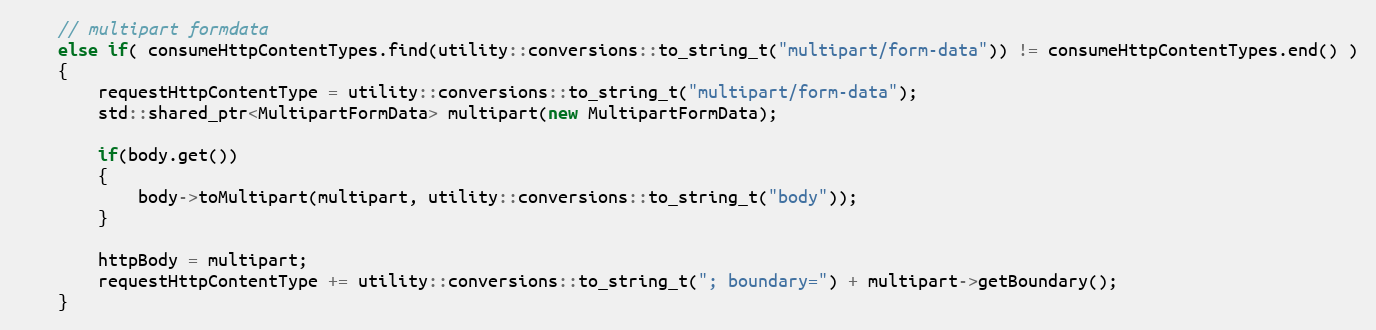
Language: C++
    // multipart formdata
    else if( consumeHttpContentTypes.find(utility::conversions::to_string_t("multipart/form-data")) != consumeHttpContentTypes.end() )
    {
        requestHttpContentType = utility::conversions::to_string_t("multipart/form-data");
        std::shared_ptr<MultipartFormData> multipart(new MultipartFormData);

        if(body.get())
        {
            body->toMultipart(multipart, utility::conversions::to_string_t("body"));
        }

        httpBody = multipart;
        requestHttpContentType += utility::conversions::to_string_t("; boundary=") + multipart->getBoundary();
    }